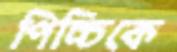
পিচ্চিকে